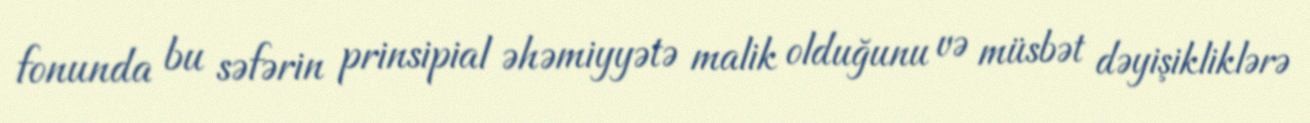
fonunda bu səfərin prinsipial əhəmiyyətə malik olduğunu və müsbət dəyişikliklərə